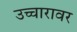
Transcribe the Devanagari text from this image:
उच्चारावर